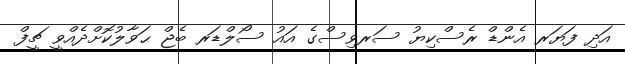
އަދި ފަޔަރ އެންޑް ރެސްކިޔު ސަރވިސްގެ އައު ސޯލްޑަރ ބެޖް ޙަވާލުކޮށްދެއްވީ ޗީފް